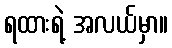
ရထားရဲ့ အလယ်မှာ။